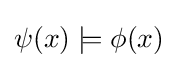
\psi (x)\models \phi (x)